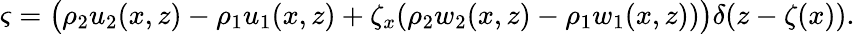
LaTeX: \varsigma=\big(\rho_{2}u_{2}(x,z)-\rho_{1}u_{1}(x,z)+\zeta_{x}(\rho_{2}w_{2}(x,z)-\rho_{1}w_{1}(x,z))\big)\delta(z-\zeta(x)).